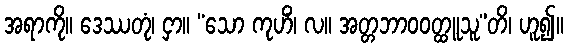
အရာကို။ ဒေဿတုံ၊ ငှာ။ “သော ကုဟိံ၊ လ။ အတ္တဘာဝဝတ္ထူသူ”တိ၊ ဟူ၍။